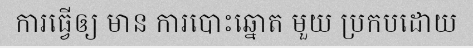
ការធ្វើឲ្យ មាន ការបោះឆ្នោត មួយ ប្រកបដោយ